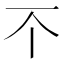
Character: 𫠡